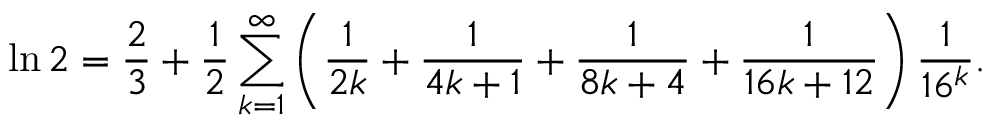
\ln 2 = { \frac { 2 } { 3 } } + { \frac { 1 } { 2 } } \sum _ { k = 1 } ^ { \infty } \left( { \frac { 1 } { 2 k } } + { \frac { 1 } { 4 k + 1 } } + { \frac { 1 } { 8 k + 4 } } + { \frac { 1 } { 1 6 k + 1 2 } } \right) { \frac { 1 } { 1 6 ^ { k } } } .